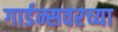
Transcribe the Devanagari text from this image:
गार्डन्सवरच्या